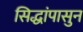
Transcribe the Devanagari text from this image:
सिद्धांपासुन